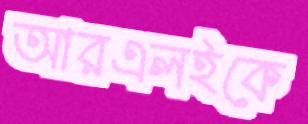
আরএলইকে